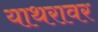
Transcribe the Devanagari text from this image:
याथरावर